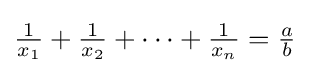
{\tfrac {1}{x_{1}}}+{\tfrac {1}{x_{2}}}+\cdots +{\tfrac {1}{x_{n}}}={\tfrac {a}{b}}